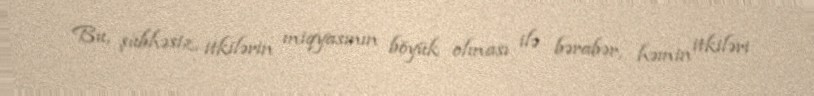
Bu, şübhəsiz, itkilərin miqyasının böyük olması ilə bərabər, həmin itkiləri